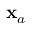
{ \bf x } _ { a }